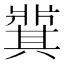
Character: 𬌋